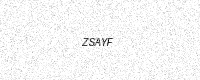
Text: ZSAYF